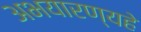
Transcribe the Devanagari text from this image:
अभयारण्यहे